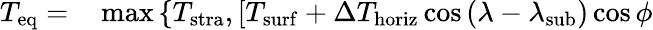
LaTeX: \begin{array}{rl}{T_{\mathrm{eq}}=}&{{}\operatorname*{max}\left\{ T_{\mathrm{stra}},\left[T_{\mathrm{surf}}+\Delta T_{\mathrm{horiz}}\cos\left(\lambda-\lambda_{\mathrm{sub}}\right)\cos\phi\right.\right.}\end{array}